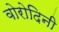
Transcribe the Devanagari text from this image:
वोरोदिनी